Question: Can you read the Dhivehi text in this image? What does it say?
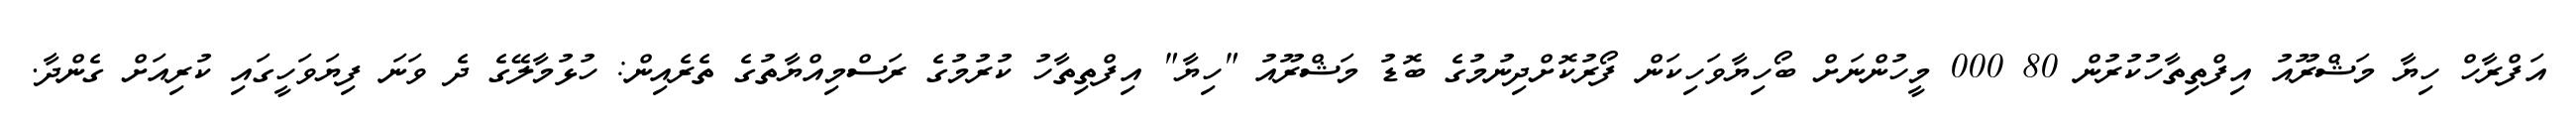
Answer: އަފްރާހް ހިޔާ މަޝްރޫއު އިފްތިތާހުކުރުން 80 000 މީހުންނަށް ބޯހިޔާވަހިކަން ފޯރުކޮށްދިނުމުގެ ބޮޑު މަޝްރޫއު "ހިޔާ" އިފްތިތާހު ކުރުމުގެ ރަސްމިއްޔާތުގެ ތެރެއިން: ހުޅުމާލޭގެ ދެ ވަނަ ފިޔަވަހީގައި ކުރިއަށް ގެންދާ.